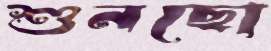
শুনছো